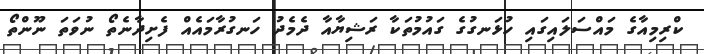
ކްރިމިއާގެ މައްސަލައިގައި ހުޅަނގުގެ ގައުމުތަކާ ރަޝިޔާއާ ދެމެދު ހަނގުރާމައެއް ފެށިދާނެތޯ ނުވަތަ ނޫންތޯ